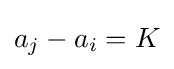
a_{j}-a_{i}=K